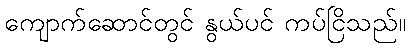
ကျောက်ဆောင်တွင် နွယ်ပင် ကပ်ငြိသည်။